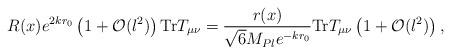
LaTeX: \begin{align*}R(x) e^{2k r_0} \left(1+ {\cal O}(l^2)\right)\hbox{Tr}T_{\mu \nu} = \frac{r(x)}{\sqrt{6} M_{Pl} e^{-kr_0}} \hbox{Tr}T_{\mu \nu}\left(1+ {\cal O}(l^2)\right),\end{align*}